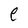
Character: e